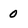
Character: 0